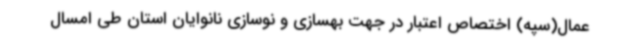
عمال(سپه) اختصاص اعتبار در جهت بهسازی و نوسازی نانوایان استان طی امسال